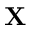
\mathbf { X }